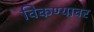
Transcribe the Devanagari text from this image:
विकण्यावर